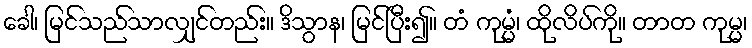
ခေါ၊ မြင်သည်သာလျှင်တည်း။ ဒိသွာန၊ မြင်ပြီး၍။ တံ ကုမ္မံ၊ ထိုလိပ်ကို။ တာတ ကုမ္မ၊